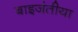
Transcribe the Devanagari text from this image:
बाइजंतीया